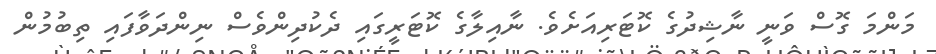
މަންމަ ގޮސް ވަނީ ނާޝިދުގެ ކޮޓަރިއަށެވެ. ނާއިލާގެ ކޮޓަރީގައި ދެކުދިންވެސް ނިންދަވާފައި ތިބުމުން